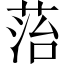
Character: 菭